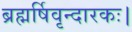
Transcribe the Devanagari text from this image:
ब्रह्मर्षिवृन्दारकः।